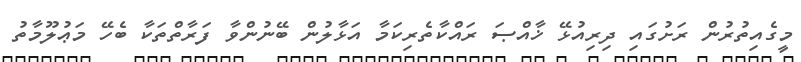
މީގެއިތުރުން ރަށުގައި ދިރިއުޅޭ ޚާއްޞަ ރައްކާތެރިކަމާ އަޅާލުން ބޭނުންވާ ފަރާތްތަކާ ބެހޭ މަޢުލޫމާތު